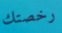
رخصتك